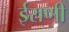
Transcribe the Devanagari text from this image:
ईराणी